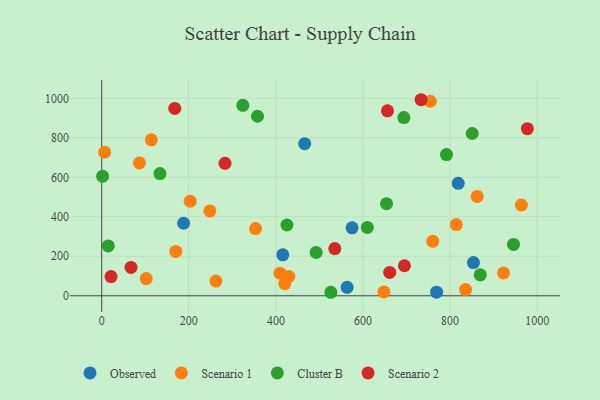
{"axis": {"x": "Speed", "y": "Sales"}, "legend": ["Cluster B", "Observed", "Scenario 1", "Scenario 2"], "data": [{"x": "769.1", "y": 18.3, "type": "Observed"}, {"x": "818.8", "y": 569.5, "type": "Observed"}, {"x": "415.9", "y": 207.4, "type": "Observed"}, {"x": "853.8", "y": 168.3, "type": "Observed"}, {"x": "188.1", "y": 367.3, "type": "Observed"}, {"x": "563.6", "y": 42.7, "type": "Observed"}, {"x": "575.0", "y": 344.4, "type": "Observed"}, {"x": "466.2", "y": 770.6, "type": "Observed"}, {"x": "648.2", "y": 19.5, "type": "Scenario 1"}, {"x": "353.4", "y": 340.4, "type": "Scenario 1"}, {"x": "963.9", "y": 459.2, "type": "Scenario 1"}, {"x": "835.7", "y": 31.4, "type": "Scenario 1"}, {"x": "6.8", "y": 727.0, "type": "Scenario 1"}, {"x": "262.2", "y": 74.5, "type": "Scenario 1"}, {"x": "754.7", "y": 985.3, "type": "Scenario 1"}, {"x": "102.3", "y": 87.1, "type": "Scenario 1"}, {"x": "86.7", "y": 672.8, "type": "Scenario 1"}, {"x": "409.4", "y": 114.4, "type": "Scenario 1"}, {"x": "248.3", "y": 430.0, "type": "Scenario 1"}, {"x": "203.3", "y": 478.8, "type": "Scenario 1"}, {"x": "814.4", "y": 360.7, "type": "Scenario 1"}, {"x": "420.5", "y": 61.5, "type": "Scenario 1"}, {"x": "429.8", "y": 97.7, "type": "Scenario 1"}, {"x": "113.9", "y": 789.9, "type": "Scenario 1"}, {"x": "170.1", "y": 224.8, "type": "Scenario 1"}, {"x": "922.8", "y": 115.5, "type": "Scenario 1"}, {"x": "862.3", "y": 503.0, "type": "Scenario 1"}, {"x": "760.4", "y": 275.6, "type": "Scenario 1"}, {"x": "694.0", "y": 902.6, "type": "Cluster B"}, {"x": "324.1", "y": 964.4, "type": "Cluster B"}, {"x": "133.8", "y": 619.1, "type": "Cluster B"}, {"x": "492.5", "y": 219.8, "type": "Cluster B"}, {"x": "526.2", "y": 17.7, "type": "Cluster B"}, {"x": "425.4", "y": 358.5, "type": "Cluster B"}, {"x": "654.1", "y": 466.6, "type": "Cluster B"}, {"x": "945.7", "y": 260.1, "type": "Cluster B"}, {"x": "850.9", "y": 822.0, "type": "Cluster B"}, {"x": "869.4", "y": 105.9, "type": "Cluster B"}, {"x": "15.0", "y": 252.7, "type": "Cluster B"}, {"x": "610.0", "y": 346.1, "type": "Cluster B"}, {"x": "357.8", "y": 909.4, "type": "Cluster B"}, {"x": "2.1", "y": 605.3, "type": "Cluster B"}, {"x": "791.8", "y": 715.0, "type": "Cluster B"}, {"x": "67.3", "y": 143.8, "type": "Scenario 2"}, {"x": "977.6", "y": 846.4, "type": "Scenario 2"}, {"x": "695.3", "y": 152.1, "type": "Scenario 2"}, {"x": "283.2", "y": 671.0, "type": "Scenario 2"}, {"x": "21.4", "y": 97.4, "type": "Scenario 2"}, {"x": "656.3", "y": 936.6, "type": "Scenario 2"}, {"x": "535.3", "y": 238.8, "type": "Scenario 2"}, {"x": "661.4", "y": 118.4, "type": "Scenario 2"}, {"x": "167.8", "y": 948.9, "type": "Scenario 2"}, {"x": "733.5", "y": 993.0, "type": "Scenario 2"}]}